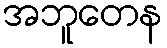
အဘူတေန